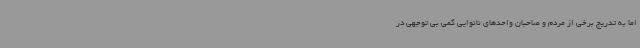
اما به تدریج برخی از مردم و صاحبان واحدهای نانوایی کمی بی توجهی در